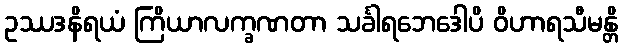
ဥဿဒနိရယံ ကြိယာလက္ခဏတာ သင်္ခါရဘေဒေါပိ ဝိဟာရသီမန္တိ